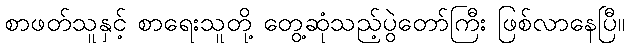
စာဖတ်သူနှင့် စာရေးသူတို့ တွေ့ဆုံသည့်ပွဲတော်ကြီး ဖြစ်လာနေပြီ။